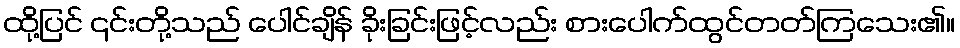
ထို့ပြင် ၎င်းတို့သည် ပေါင်ချိန် ခိုးခြင်းဖြင့်လည်း စားပေါက်ထွင်တတ်ကြသေး၏။